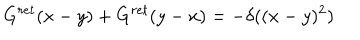
G ^ { r e t } ( x - y ) + G ^ { r e t } ( y - x ) = - \delta ( ( x - y ) ^ { 2 } )